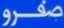
صفرور